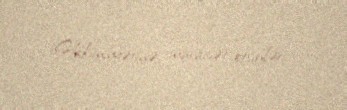
Hakimiyyətinə müraciət etsinlər.